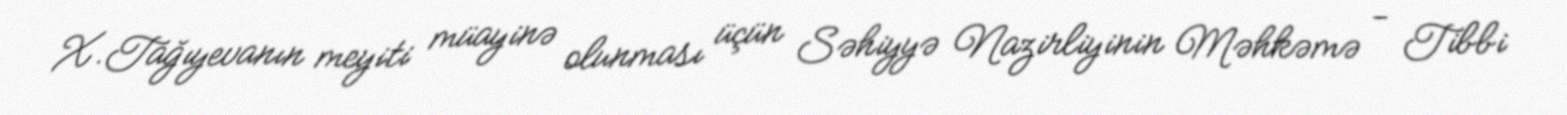
X.Tağıyevanın meyiti müayinə olunması üçün Səhiyyə Nazirliyinin Məhkəmə - Tibbi